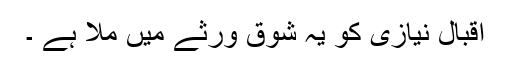
اقبال نیازی کو یہ شوق ورثے میں ملا ہے ۔